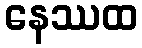
နေဿထ